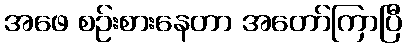
အဖေ စဉ်းစားနေတာ အတော်ကြာပြီ